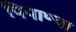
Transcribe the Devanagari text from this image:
पिपाण्या